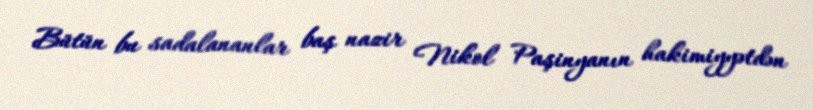
Bütün bu sadalananlar baş nazir Nikol Paşinyanın hakimiyyətdən